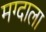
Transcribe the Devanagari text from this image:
मग्दाला